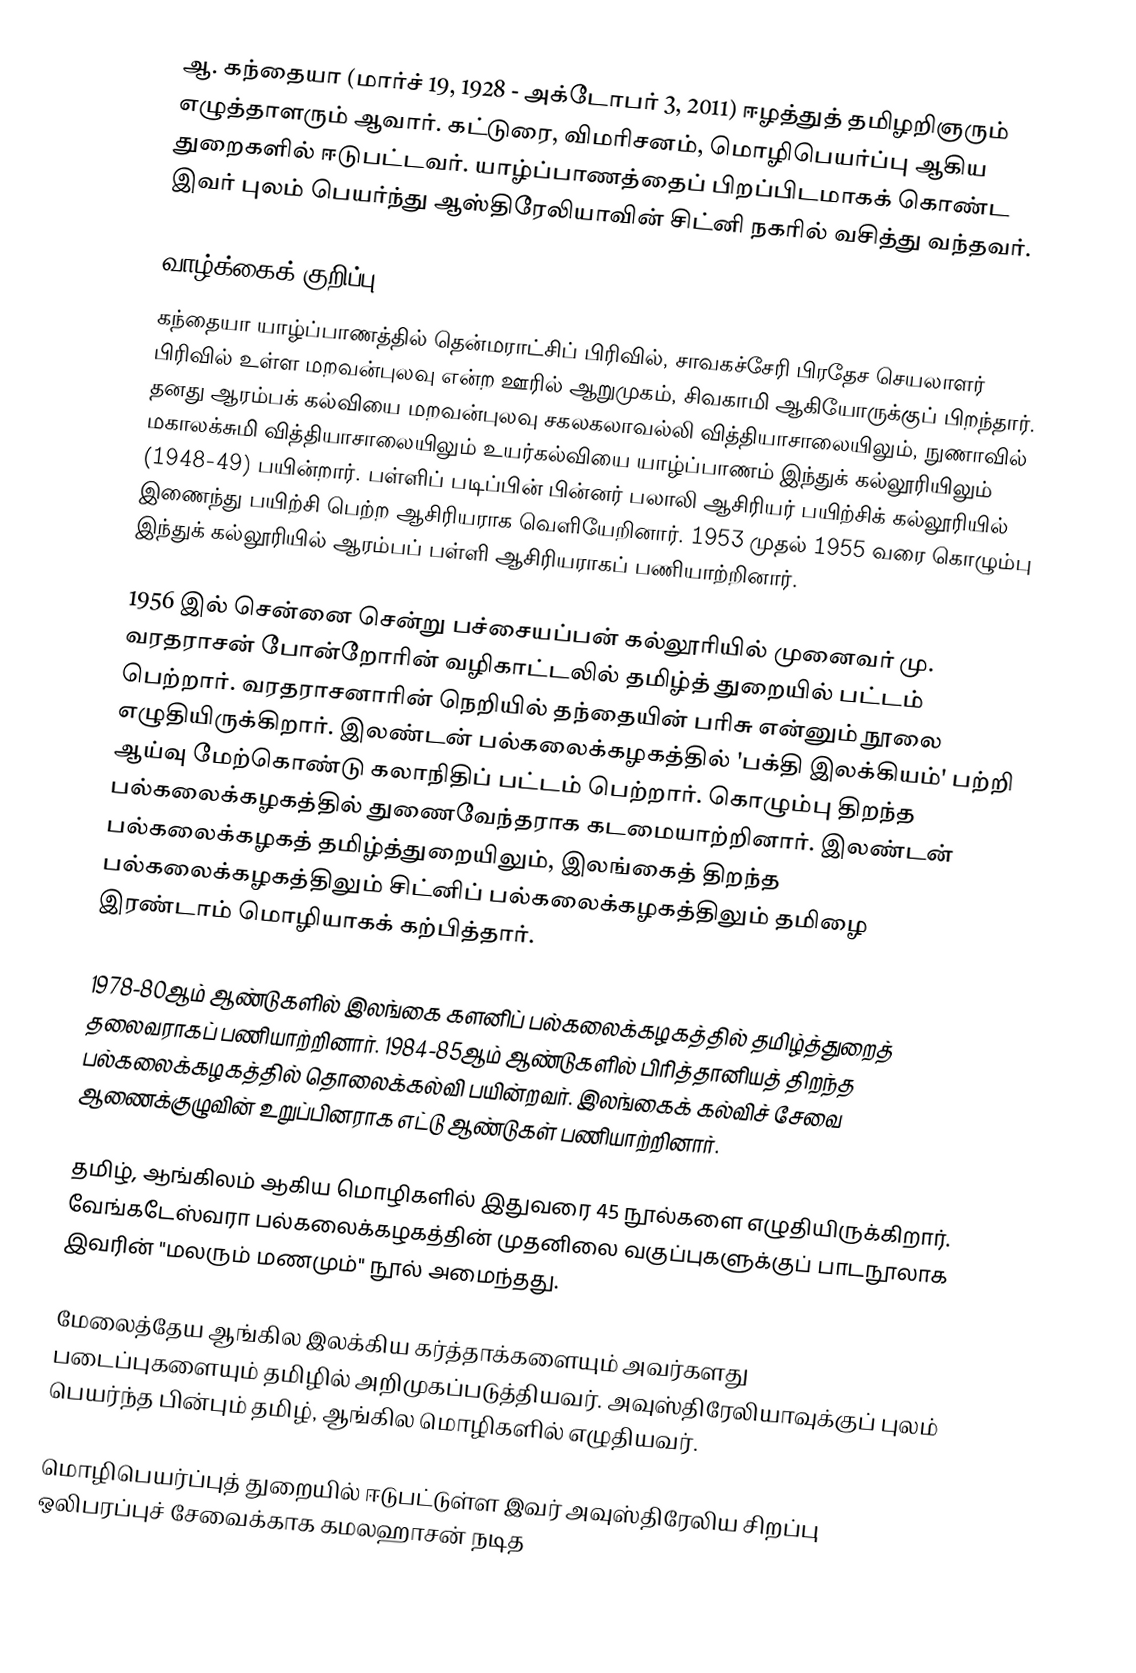
ஆ. கந்தையா (மார்ச் 19, 1928 - அக்டோபர் 3, 2011) ஈழத்துத் தமிழறிஞரும் எழுத்தாளரும் ஆவார். கட்டுரை, விமரிசனம், மொழிபெயர்ப்பு ஆகிய துறைகளில் ஈடுபட்டவர். யாழ்ப்பாணத்தைப் பிறப்பிடமாகக் கொண்ட இவர் புலம் பெயர்ந்து ஆஸ்திரேலியாவின் சிட்னி நகரில் வசித்து வந்தவர்.

வாழ்க்கைக் குறிப்பு
கந்தையா யாழ்ப்பாணத்தில் தென்மராட்சிப் பிரிவில், சாவகச்சேரி பிரதேச செயலாளர் பிரிவில் உள்ள மறவன்புலவு என்ற ஊரில் ஆறுமுகம், சிவகாமி ஆகியோருக்குப் பிறந்தார். தனது ஆரம்பக் கல்வியை மறவன்புலவு சகலகலாவல்லி வித்தியாசாலையிலும், நுணாவில் மகாலக்சுமி வித்தியாசாலையிலும் உயர்கல்வியை யாழ்ப்பாணம் இந்துக் கல்லூரியிலும் (1948-49) பயின்றார். பள்ளிப் படிப்பின் பின்னர் பலாலி ஆசிரியர் பயிற்சிக் கல்லூரியில் இணைந்து பயிற்சி பெற்ற ஆசிரியராக வெளியேறினார். 1953 முதல் 1955 வரை கொழும்பு இந்துக் கல்லூரியில் ஆரம்பப் பள்ளி ஆசிரியராகப் பணியாற்றினார்.

1956 இல் சென்னை சென்று பச்சையப்பன் கல்லூரியில் முனைவர் மு. வரதராசன் போன்றோரின் வழிகாட்டலில் தமிழ்த் துறையில் பட்டம் பெற்றார். வரதராசனாரின் நெறியில் தந்தையின் பரிசு என்னும் நூலை எழுதியிருக்கிறார். இலண்டன் பல்கலைக்கழகத்தில் 'பக்தி இலக்கியம்' பற்றி ஆய்வு மேற்கொண்டு கலாநிதிப் பட்டம் பெற்றார். கொழும்பு திறந்த பல்கலைக்கழகத்தில் துணைவேந்தராக கடமையாற்றினார். இலண்டன் பல்கலைக்கழகத் தமிழ்த்துறையிலும், இலங்கைத் திறந்த பல்கலைக்கழகத்திலும் சிட்னிப் பல்கலைக்கழகத்திலும் தமிழை இரண்டாம் மொழியாகக் கற்பித்தார்.

1978-80ஆம் ஆண்டுகளில் இலங்கை களனிப் பல்கலைக்கழகத்தில் தமிழ்த்துறைத் தலைவராகப் பணியாற்றினார். 1984-85ஆம் ஆண்டுகளில் பிரித்தானியத் திறந்த பல்கலைக்கழகத்தில் தொலைக்கல்வி பயின்றவர். இலங்கைக் கல்விச் சேவை ஆணைக்குழுவின் உறுப்பினராக எட்டு ஆண்டுகள் பணியாற்றினார்.

தமிழ், ஆங்கிலம் ஆகிய மொழிகளில் இதுவரை 45 நூல்களை எழுதியிருக்கிறார். வேங்கடேஸ்வரா பல்கலைக்கழகத்தின் முதனிலை வகுப்புகளுக்குப் பாடநூலாக இவரின் "மலரும் மணமும்" நூல் அமைந்தது.

மேலைத்தேய ஆங்கில இலக்கிய கர்த்தாக்களையும் அவர்களது படைப்புகளையும் தமிழில் அறிமுகப்படுத்தியவர். அவுஸ்திரேலியாவுக்குப் புலம் பெயர்ந்த பின்பும் தமிழ், ஆங்கில மொழிகளில் எழுதியவர்.

மொழிபெயர்ப்புத் துறையில் ஈடுபட்டுள்ள இவர் அவுஸ்திரேலிய சிறப்பு ஒலிபரப்புச் சேவைக்காக கமலஹாசன் நடித